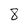
Character: 8